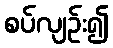
စပ်လျဉ်း၍